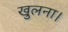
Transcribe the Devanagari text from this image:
खुलना।